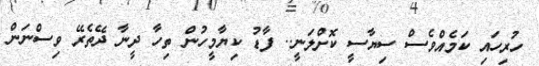
ހުރިހައި ކަމެއްވެސް ސިޔާސީ ކޮށްލަނީ.. ފާޑު ކިޔާމީހުން ތިހާ ދީނާ ދޭތެރޭ ވިސްނަން